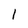
Character: 1